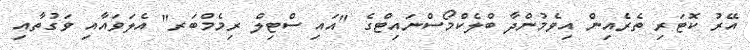
އޭރު ކޮޓަރި ތެރެއިން އިވެމުންދާ ބްލެކްމޯސްނައިޓްގެ "އައި ސްޓިލް ރިމެމްބަރ" އެލަވައާއި ވަގުތާއި